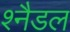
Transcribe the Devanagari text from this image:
श्नैडल